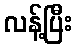
လန့်ပြီး